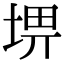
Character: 𡌸